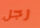
رجل